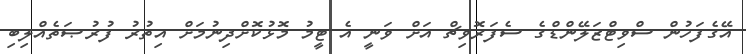
އޭގެފަހުން ސްވިޓްޒަލޭންޑްގެ ސެފަރޮވިޗް އަށް ވަނީ އެ ޓީމު މޮޅުކޮށްދިނުމަށް އިތުރު ފުރުޞަތެއްލިބި